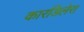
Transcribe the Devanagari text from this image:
कारडिलेरा